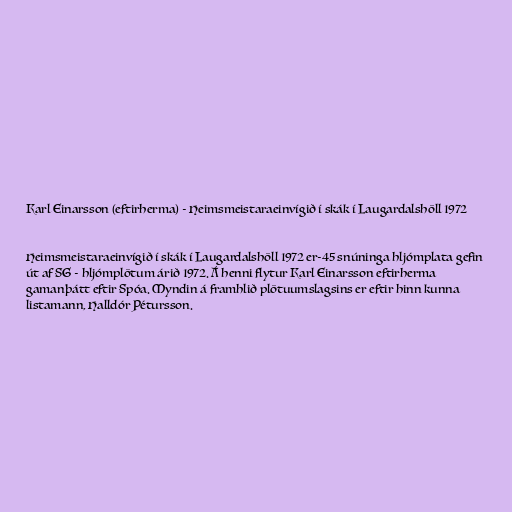
Karl Einarsson (eftirherma) - Heimsmeistaraeinvígið í skák í Laugardalshöll 1972

Heimsmeistaraeinvígið í skák í Laugardalshöll 1972 er-45 snúninga hljómplata gefin
út af SG - hljómplötum árið 1972. Á henni flytur Karl Einarsson eftirherma
gamanþátt eftir Spóa. Myndin á framhlið plötuumslagsins er eftir hinn kunna
listamann, Halldór Pétursson.